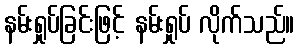
နမ်းရှုပ်ခြင်းဖြင့် နမ်းရှုပ် လိုက်သည်။